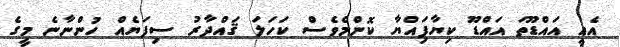
އެއީ އައްޑޫތަ އައްޑޫ ކިޔާފަިއްޔާ ކޮންމެވެސް ކަހަލަ ޤައްދާރު ސިފަޔެއް ހުންނާނެ މީގެ